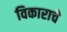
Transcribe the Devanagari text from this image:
विकाराचे